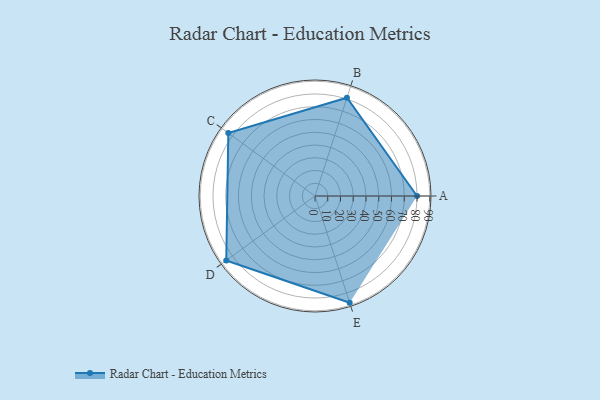
{"axis": {"x": "Skill", "y": "Score"}, "legend": ["Profile"], "data": [{"x": "A", "y": 80.0, "type": "Profile"}, {"x": "B", "y": 81.0, "type": "Profile"}, {"x": "C", "y": 84.0, "type": "Profile"}, {"x": "D", "y": 86.0, "type": "Profile"}, {"x": "E", "y": 88.0, "type": "Profile"}]}